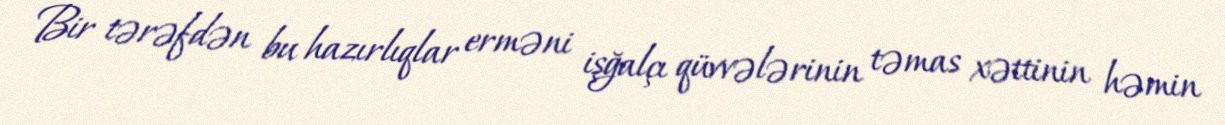
Bir tərəfdən bu hazırlıqlar erməni işğalçı qüvvələrinin təmas xəttinin həmin